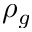
\rho _ { g }